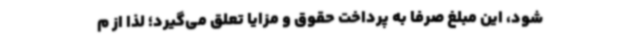
شود، این مبلغ صرفاً به پرداخت حقوق و مزایا تعلق می‌گیرد؛ لذا از م